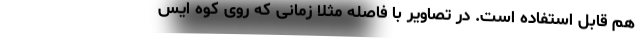
هم قابل استفاده است. در تصاویر با فاصله مثلا زمانی که روی کوه ایس